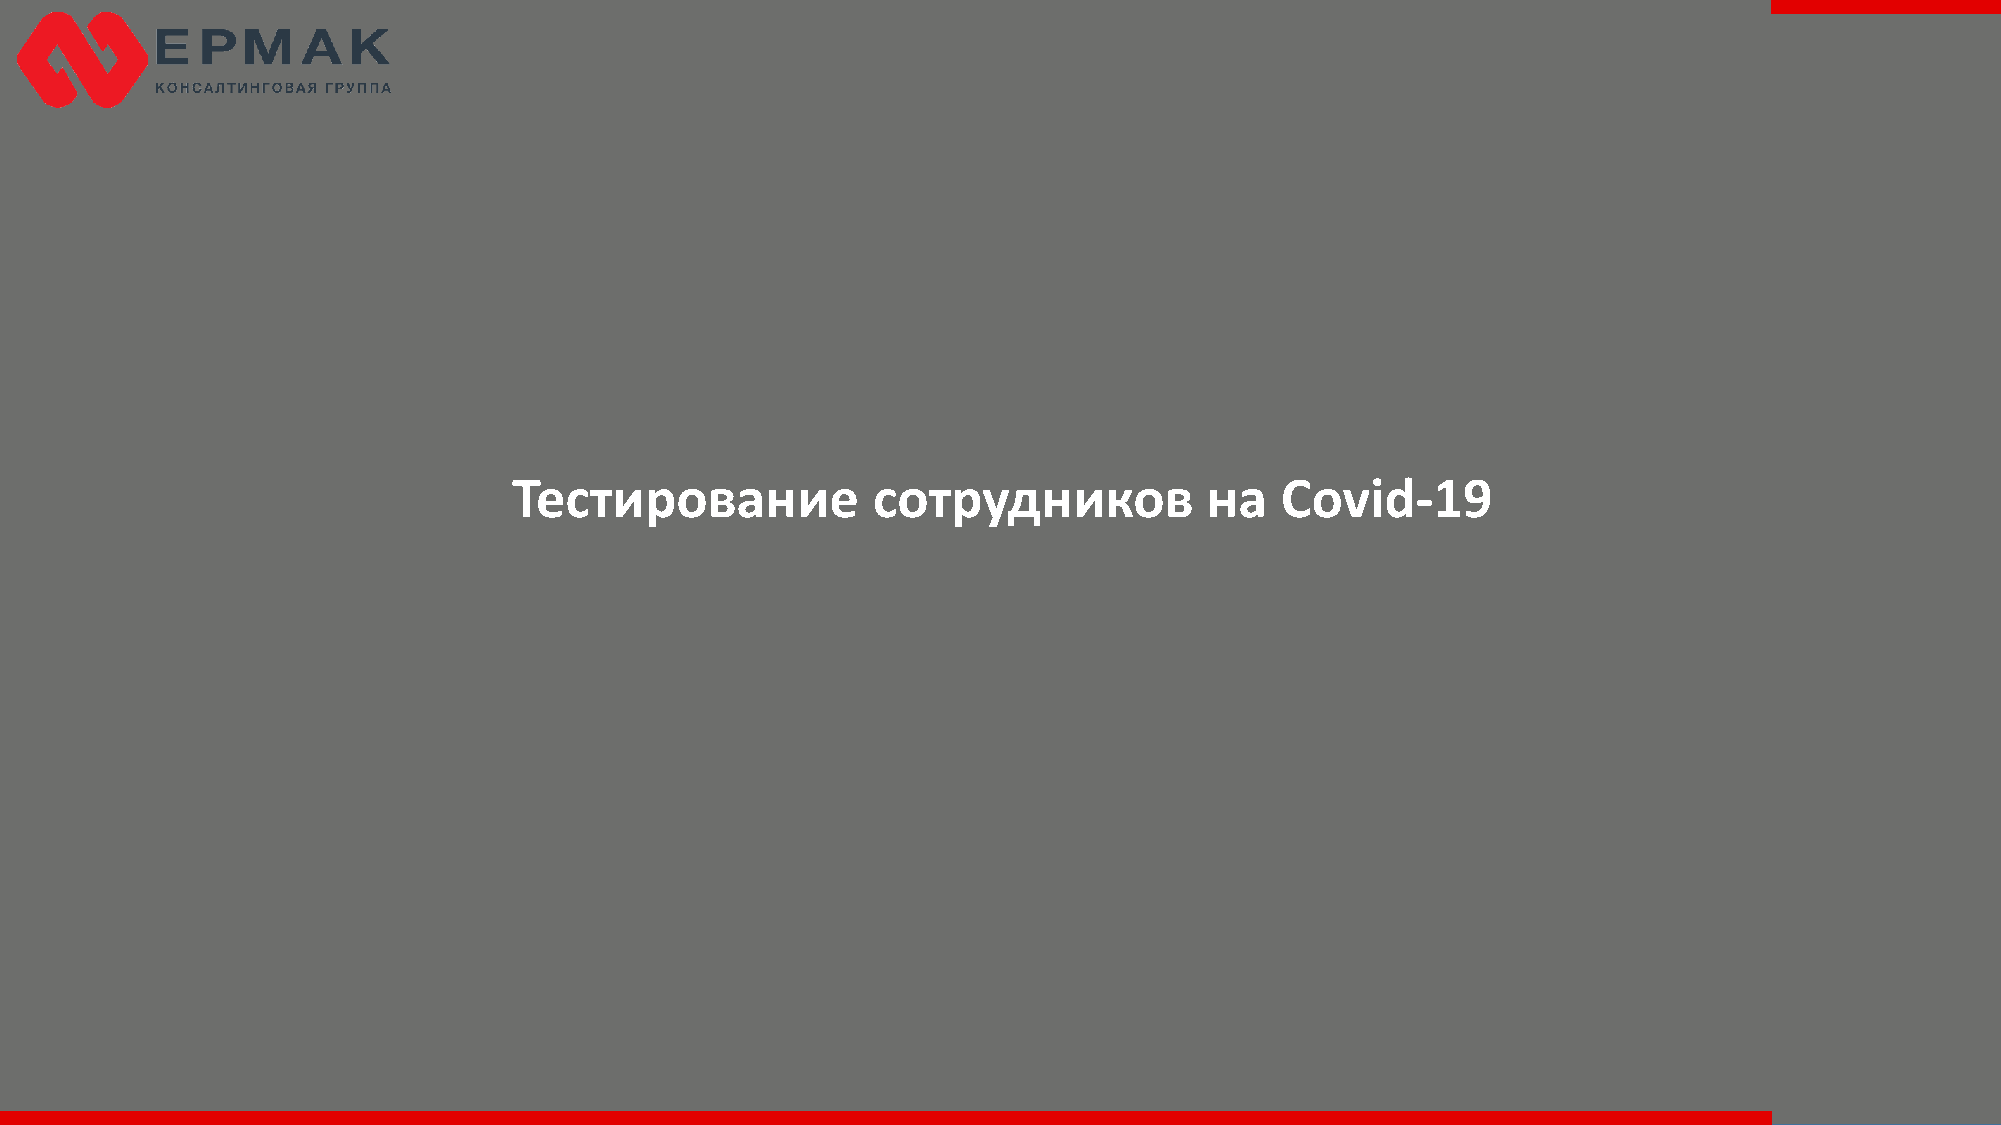
Тестирование            сотрудников           на   Covid-19